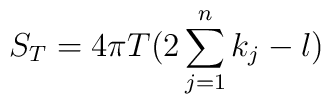
S_T = 4\pi T\bigl(2\sum_{j=1}^n k_j -l \bigr)